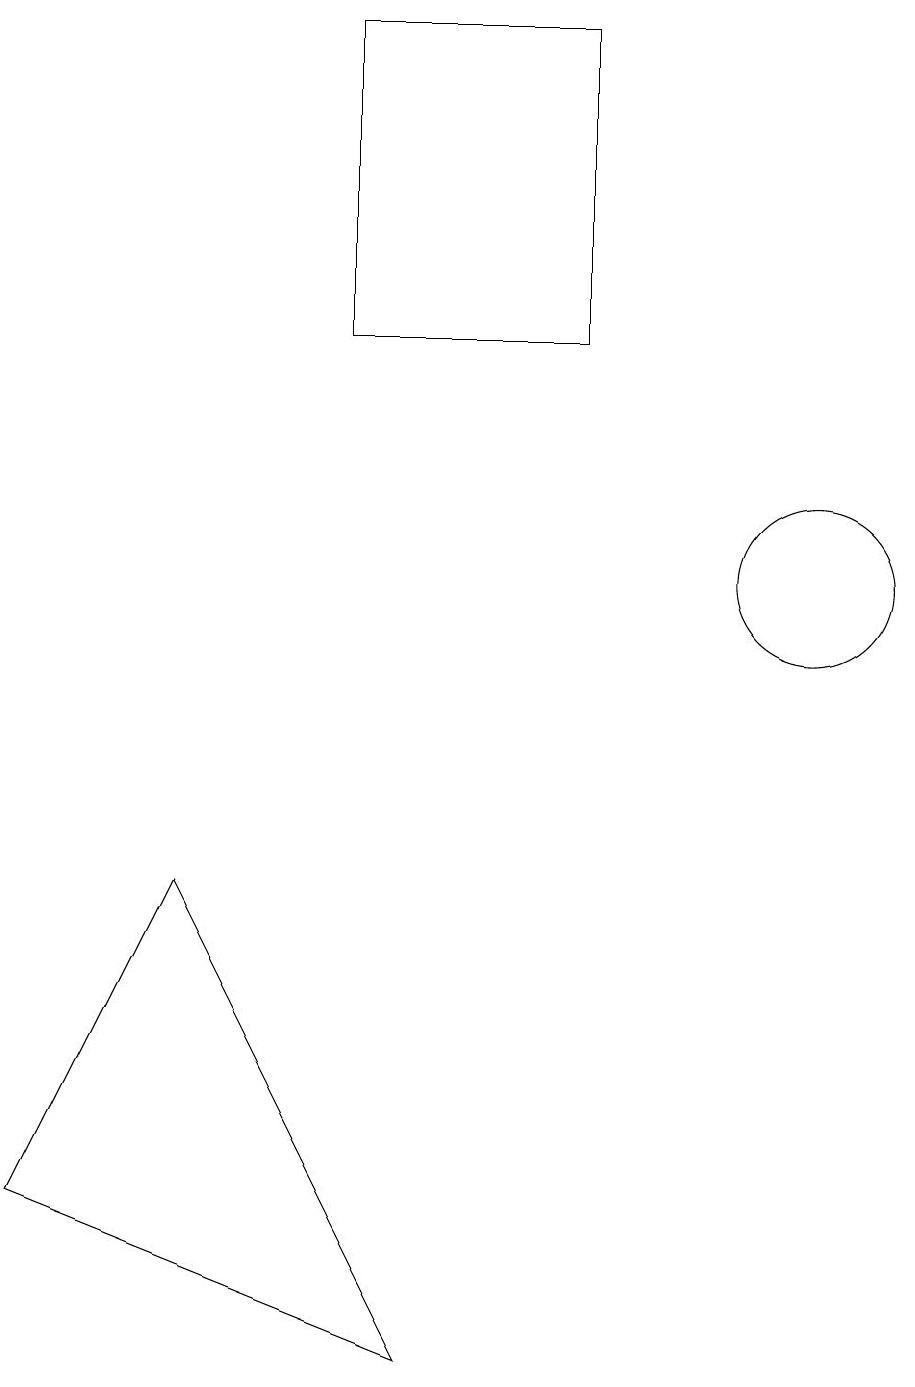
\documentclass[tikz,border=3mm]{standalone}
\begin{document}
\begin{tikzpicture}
\draw (11,12) circle (1);
\draw (1,4) -- (3,8) -- (6,2) -- cycle;
\draw (8,15) rectangle (5,19);
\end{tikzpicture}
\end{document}